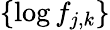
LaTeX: \{ \log f_{j,k}\}